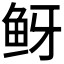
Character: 𬶅